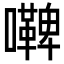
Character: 𭌢